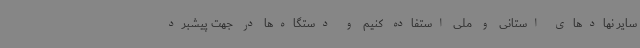
سایر نهادهای استانی و ملی استفاده کنیم و دستگاه‌ها در جهت پیشبرد